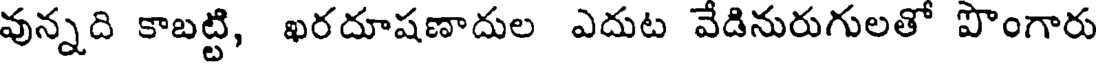
వున్నది కాబట్టి, ఖరదూషణాదుల ఎదుట వేడినురుగులతో పొంగారు